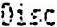
DISC